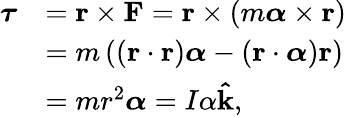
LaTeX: {\begin{array}{rl}{{\boldsymbol{\tau}}}&{=\mathbf{r}\times\mathbf{F}=\mathbf{r}\times(m{\boldsymbol{\alpha}}\times\mathbf{r})}\\ &{=m\left(\left(\mathbf{r}\cdot\mathbf{r}\right){\boldsymbol{\alpha}}-\left(\mathbf{r}\cdot{\boldsymbol{\alpha}}\right)\mathbf{r}\right)}\\ &{=mr^{2}{\boldsymbol{\alpha}}=I\alpha\mathbf{\hat{k}},}\end{array}}